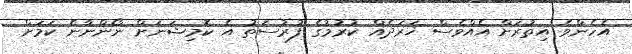
އެހެންވެ އިތުރަށް އެއްވެސް ޚަރަދެއް ކުރުމުގެ ފުރުސަތު އެ ކޮމިޝަނަށް ނޯންނާނެ ކަމަށް